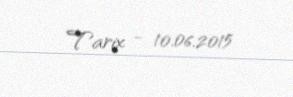
Tarix - 10.06.2015